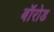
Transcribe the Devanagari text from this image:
बॉरोड